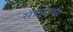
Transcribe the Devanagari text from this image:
साइटचा